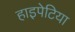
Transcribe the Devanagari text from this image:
हाइपेटिया